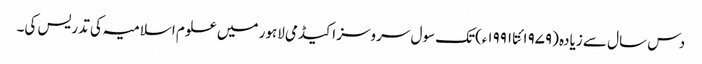
دس سال سے زیادہ (۱۹۷۹ئتا ۱۹۹۱ء)تک سول سروسز اکیڈمی لاہور میں علوم اسلامیہ کی تدریس کی۔